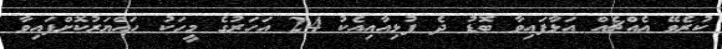
ކުރެވޭ އެއްޗެއް އަޅާފައިވާ ބޮޑު ދެ ފުޅިއާއިއެކު 24 އަހަރުގެ މީހަކު ހައްޔަރުކޮށްފައިވާ